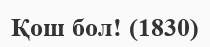
Қош бол! (1830)